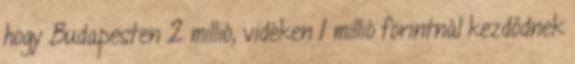
hogy Budapesten 2 millió, vidéken 1 millió forintnál kezdődnek